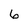
Character: 6